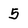
Character: 5